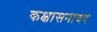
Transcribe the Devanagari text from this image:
कक्षासनावर